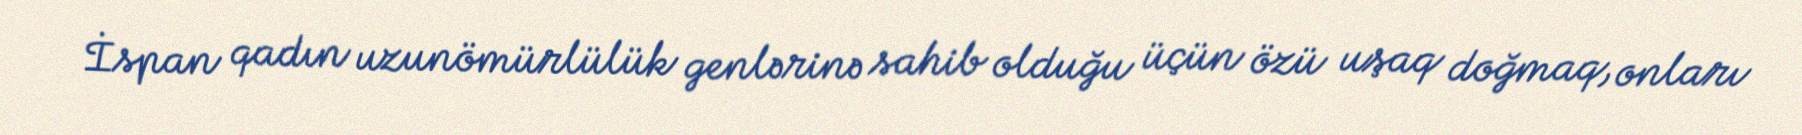
İspan qadın uzunömürlülük genlərinə sahib olduğu üçün özü uşaq doğmaq, onları